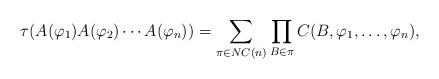
LaTeX: \begin{align*}\tau(A(\varphi_1)A(\varphi_2)\dotsm A(\varphi_n))=\sum_{\pi\in{NC}(n)}\prod_{B\in\pi}C(B,\varphi_1,\dots,\varphi_n),\end{align*}